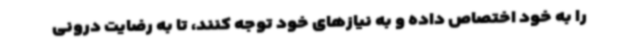
را به خود اختصاص داده و به نیازهای خود توجه کنند، تا به رضایت درونی